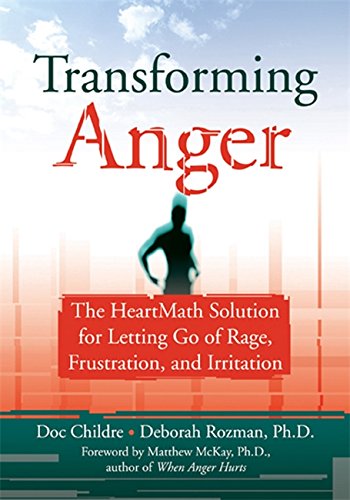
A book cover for Transforming Anger: The Heartmath Solution for Letting Go of Rage, Frustration, and Irritation; Doc Childre; Self-Help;